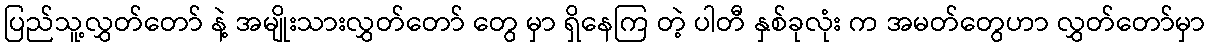
ပြည်သူ့လွှတ်တော် နဲ့ အမျိုးသားလွှတ်တော် တွေ မှာ ရှိနေကြ တဲ့ ပါတီ နှစ်ခုလုံး က အမတ်တွေဟာ လွှတ်တော်မှာ